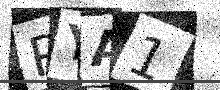
Text: PYA1